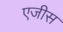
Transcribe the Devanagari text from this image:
एजीस